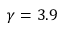
\gamma = 3 . 9